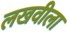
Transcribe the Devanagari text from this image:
लखवीला